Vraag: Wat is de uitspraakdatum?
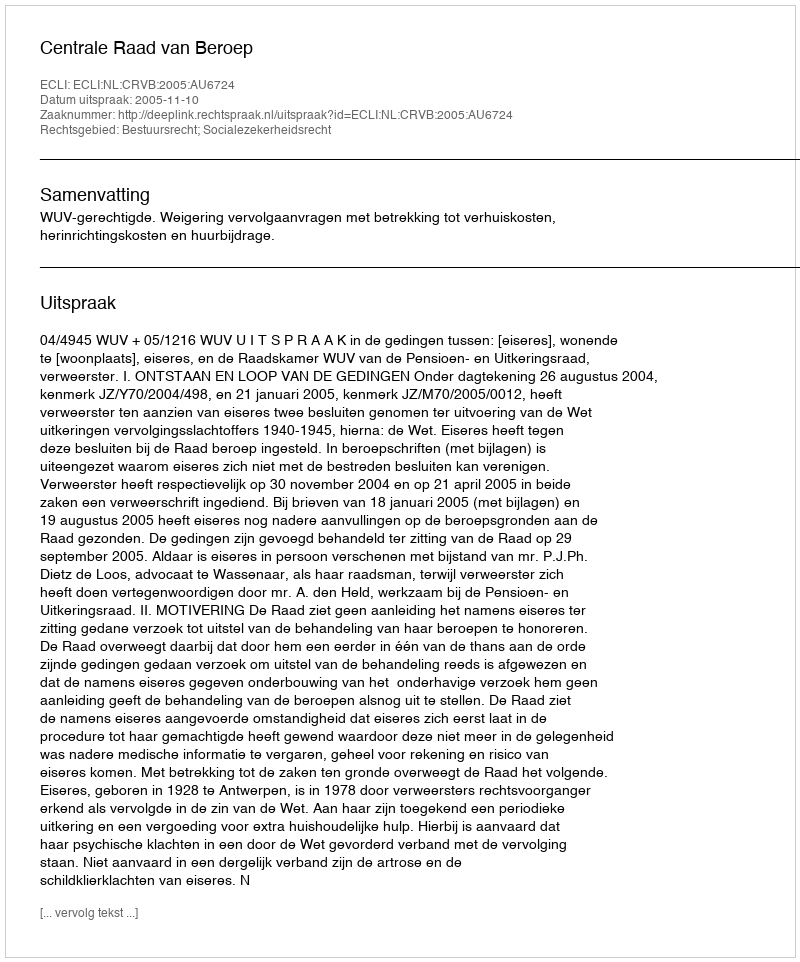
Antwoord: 2005-11-10